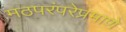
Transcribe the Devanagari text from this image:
मठपरंपरेप्रमाणे